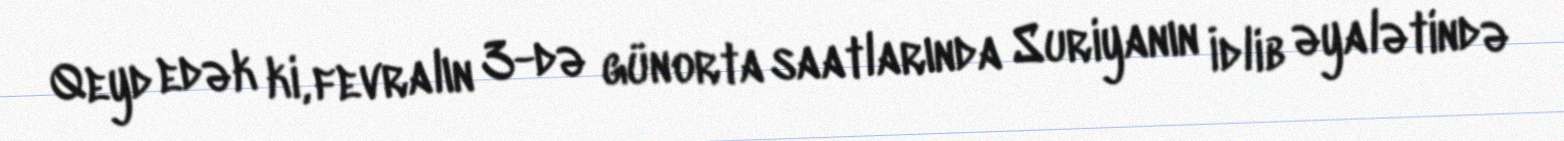
Qeyd edək ki, fevralın 3-də günorta saatlarında Suriyanın İdlib əyalətində